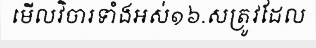
មើលវិចារទាំងអស់១៦.សត្រូវដែល